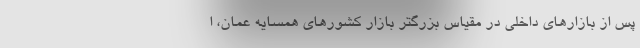
پس از بازارهای داخلی در مقیاس بزرگتر بازار کشورهای همسایه عمان، ا